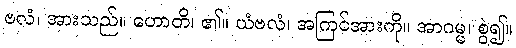
ဗလံ၊ အားသည်။ ဟောတိ၊ ၏။ ယံဗလံ၊ အကြင်အားကို။ အာဂမ္မ၊ စွဲ၍။